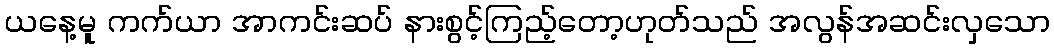
ယနေ့မူ ကက်ယာ အာကင်းဆပ် နားစွင့်ကြည့်တော့ဟုတ်သည် အလွန်အဆင်းလှသော